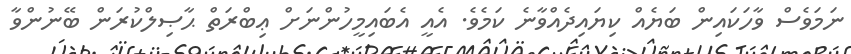
ނަމަވެސް ވާހަކައިން ބަޔެއް ކިޔައިދެއްވާނެ ކަމެވެ. އެއީ އެބައިމީހުންނަށް ޢިބްރަތް ޙާޞިލްކުރަން ބޭނުންވާ